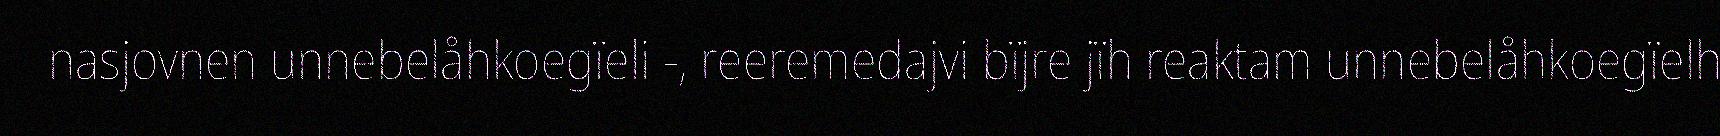
nasjovnen unnebelåhkoegïeli -, reeremedajvi bïjre jïh reaktam unnebelåhkoegïelh